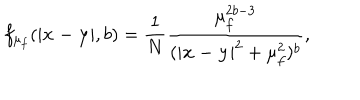
LaTeX: f _ { \mu _ { f } } ( | { \bf x - y } | , b ) = \frac { 1 } { N } \frac { \mu _ { f } ^ { 2 b - 3 } } { ( | { \bf x - y } | ^ { 2 } + \mu _ { f } ^ { 2 } ) ^ { b } } ,